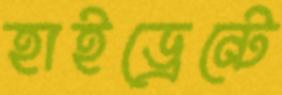
হাইড্রেন্টে